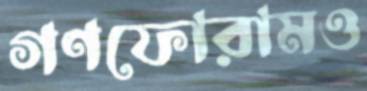
গণফোরামও